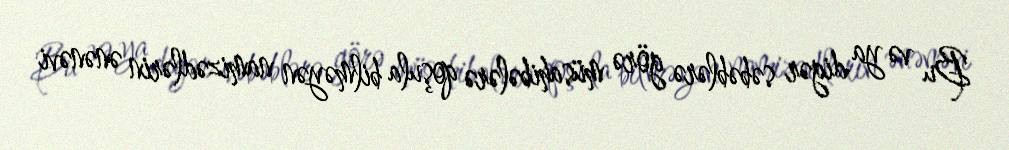
Bu və ya digər səbəblərə görə müsahibələrə qoşula bilməyən namizədlərin ənənəvi